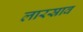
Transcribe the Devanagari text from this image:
लारस्राव